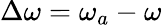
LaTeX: \Delta\omega=\omega_{a}-\omega